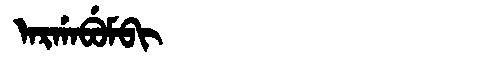
Manchu: ᠠᡵᡤᠠᠪᡠᠮᠪᡳ
Romanization: ARGABUMBI